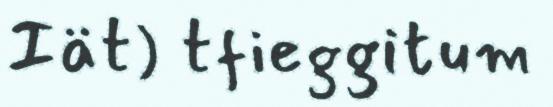
Iät) tfieggitum